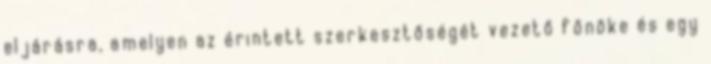
eljárásra, amelyen az érintett szerkesztőségét vezető főnöke és egy